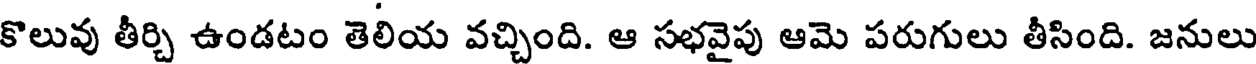
కొలువు తీర్చి ఉండటం తెలియ వచ్చింది. ఆ సభవైపు ఆమె పరుగులు తీసింది. జనులు